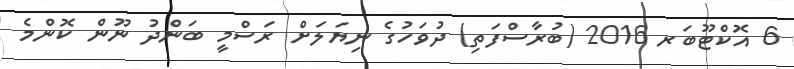
6 އޮކްޓޫބަރ 2016 (ބުރާސްފަތި) ދުވަހުގެ ނިޔަލަށް ރަސްމީ ބަންދު ނޫން ކޮންމެ